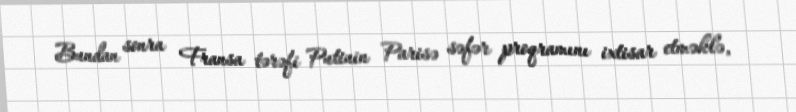
Bundan sonra Fransa tərəfi Putinin Parisə səfər proqramını ixtisar etməklə,